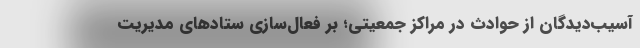
آسیب‌دیدگان از حوادث در مراکز جمعیتی؛ بر فعال‌سازی ستادهای مدیریت